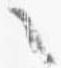
之